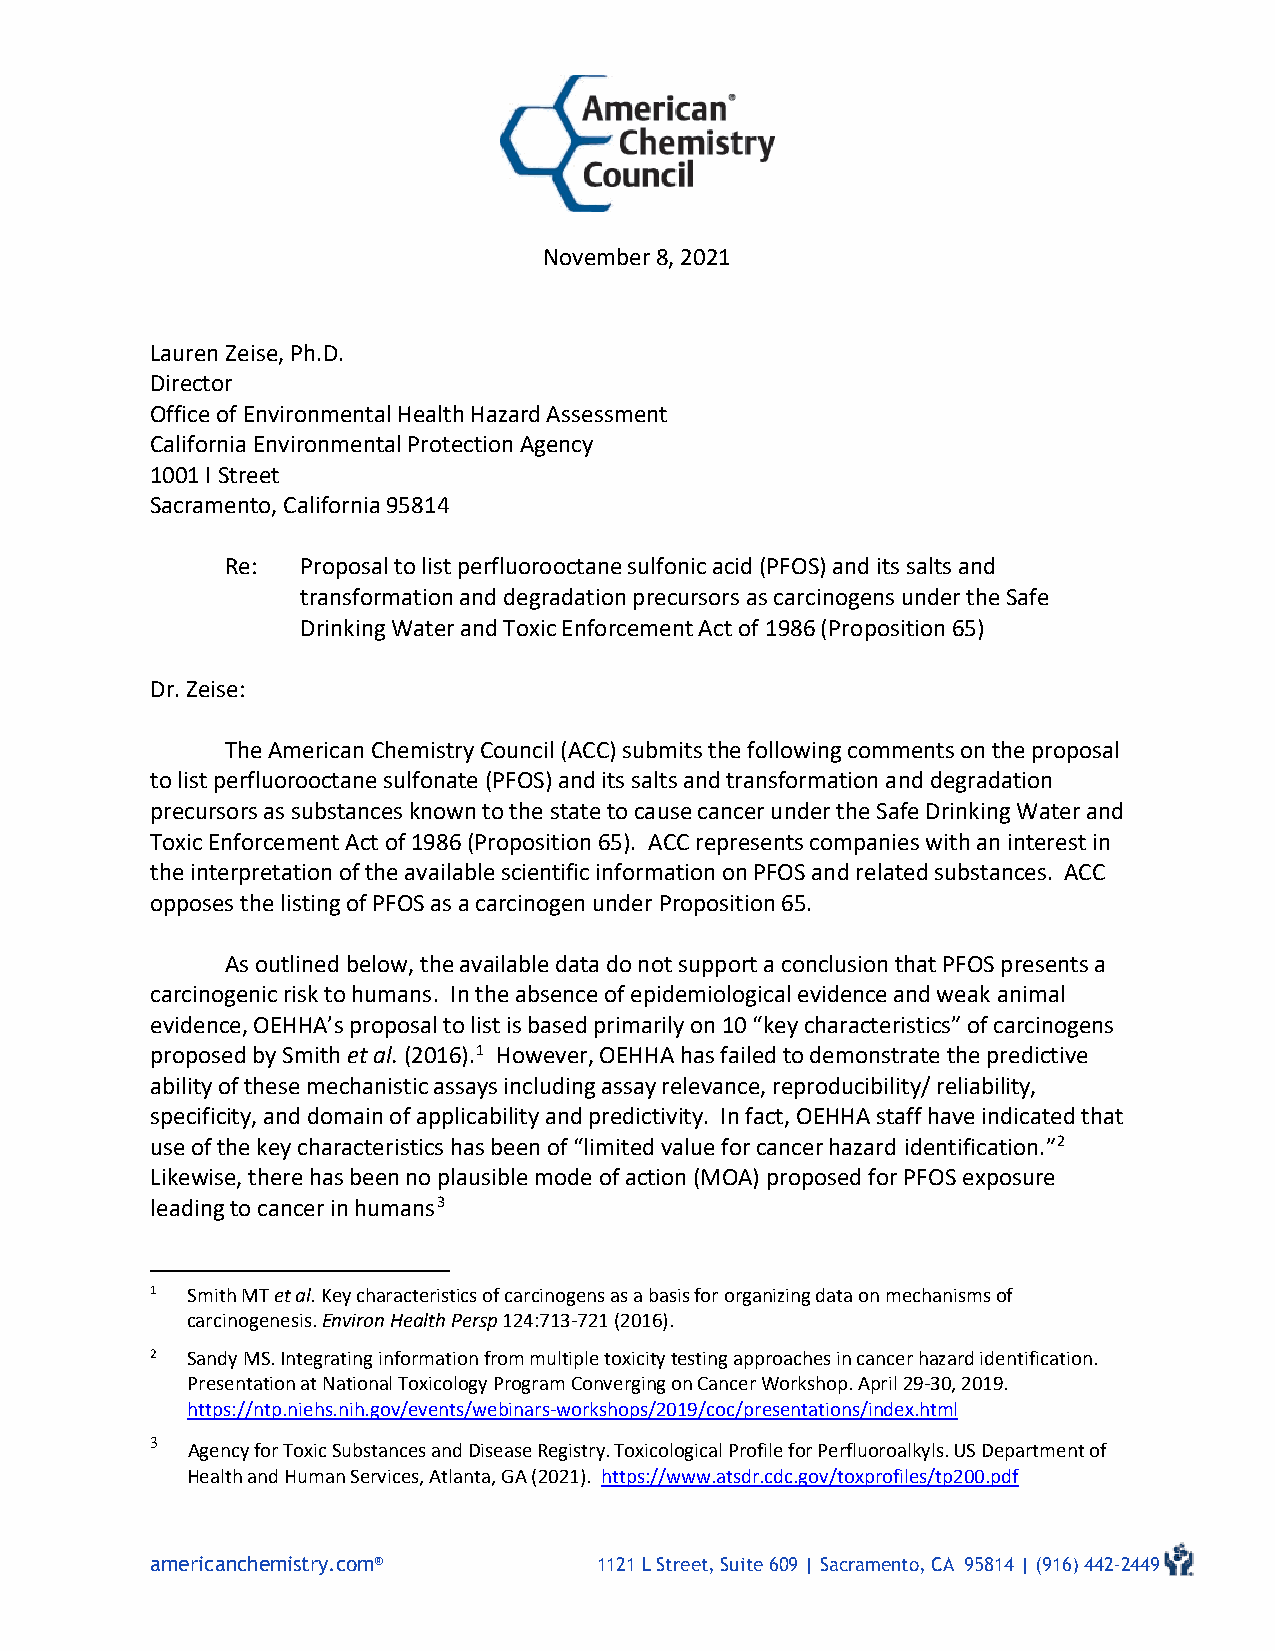
November 8, 2021
 Lauren Zeise, Ph.D.
 Director
 Office of Environmental Health Hazard Assessment
 California Environmental Protection Agency
 1001 I Street
 Sacramento, California 95814
 Re:  Proposal to list perfluorooctane sulfonic acid (PFOS) and its salts and
 transformation and degradation precursors as carcinogens under the Safe
 Drinking Water and Toxic Enforcement Act of 1986 (Proposition 65)
 Dr. Zeise:
 The American Chemistry Council (ACC) submits the following comments on the proposal
 to list perfluorooctane sulfonate (PFOS) and its salts and transformation and degradation
 precursors as substances known to the state to cause cancer under the Safe Drinking Water and
 Toxic Enforcement Act of 1986 (Proposition 65). ACC represents companies with an interest in
 the interpretation of the available scientific information on PFOS and related substances. ACC
 opposes the listing of PFOS as a carcinogen under Proposition 65.
 As outlined below, the available data do not support a conclusion that PFOS presents a
 carcinogenic risk to humans. In the absence of epidemiological evidence and weak animal
 evidence, OEHHA’s proposal to list is based primarily on 10 “key characteristics” of carcinogens
 proposed by Smith et al. (2016).1 However, OEHHA has failed to demonstrate the predictive
 ability of these mechanistic assays including assay relevance, reproducibility/ reliability,
 specificity, and domain of applicability and predictivity. In fact, OEHHA staff have indicated that
 use of the key characteristics has been of “limited value for cancer hazard identification.”2
 Likewise, there has been no plausible mode of action (MOA) proposed for PFOS exposure
 leading to cancer in humans3
 1 Smith MT et al. Key characteristics of carcinogens as a basis for organizing data on mechanisms of
 carcinogenesis. Environ Health Persp 124:713-721 (2016).
 2 Sandy MS. Integrating information from multiple toxicity testing approaches in cancer hazard identification.
 Presentation at National Toxicology Program Converging on Cancer Workshop. April 29-30, 2019.
 https://ntp.niehs.nih.gov/events/webinars-workshops/2019/coc/presentations/index.html
 3
 Agency for Toxic Substances and Disease Registry. Toxicological Profile for Perfluoroalkyls. US Department of
 Health and Human Services, Atlanta, GA (2021). https://www.atsdr.cdc.gov/toxprofiles/tp200.pdf
 americanchemistry.com®        1121 L Street, Suite 609 | Sacramento, CA 95814 | (916) 442-2449